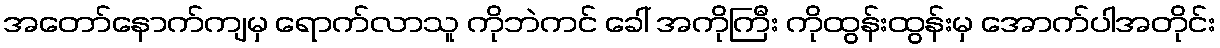
အတော်နောက်ကျမှ ရောက်လာသူ ကိုဘဲကင် ခေါ် အကိုကြီး ကိုထွန်းထွန်းမှ အောက်ပါအတိုင်း